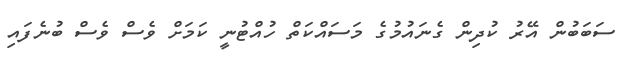
ސަބަބުން އޭރު ކުދިން ގެނައުމުގެ މަސައްކަތް ހުއްޓުނީ ކަމަށް ވެސް ވެސް ބުނެފައި